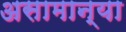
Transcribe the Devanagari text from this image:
असामान्या